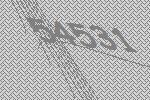
54531